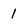
Character: 1